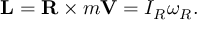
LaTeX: \mathbf { L } = \mathbf { R } \times m \mathbf { V } = I _ { R } { \boldsymbol { \omega } } _ { R } .